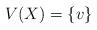
LaTeX: \begin{align*} V(X) = \{v\} \end{align*}